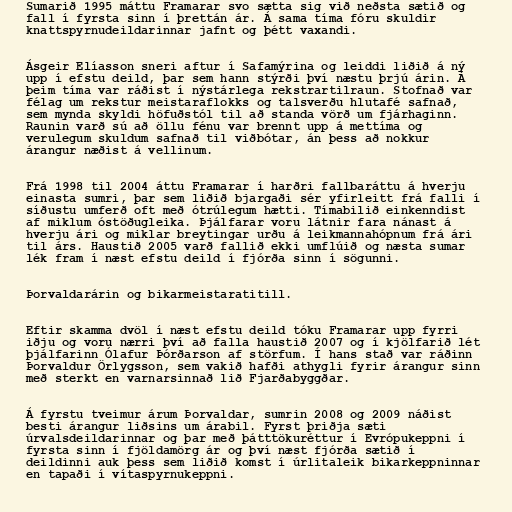
Sumarið 1995 máttu Framarar svo sætta sig við neðsta sætið og
fall í fyrsta sinn í þrettán ár. Á sama tíma fóru skuldir
knattspyrnudeildarinnar jafnt og þétt vaxandi.

Ásgeir Elíasson sneri aftur í Safamýrina og leiddi liðið á ný
upp í efstu deild, þar sem hann stýrði því næstu þrjú árin. Á
þeim tíma var ráðist í nýstárlega rekstrartilraun. Stofnað var
félag um rekstur meistaraflokks og talsverðu hlutafé safnað,
sem mynda skyldi höfuðstól til að standa vörð um fjárhaginn.
Raunin varð sú að öllu fénu var brennt upp á mettíma og
verulegum skuldum safnað til viðbótar, án þess að nokkur
árangur næðist á vellinum.

Frá 1998 til 2004 áttu Framarar í harðri fallbaráttu á hverju
einasta sumri, þar sem liðið bjargaði sér yfirleitt frá falli í
síðustu umferð oft með ótrúlegum hætti. Tímabilið einkenndist
af miklum óstöðugleika. Þjálfarar voru látnir fara nánast á
hverju ári og miklar breytingar urðu á leikmannahópnum frá ári
til árs. Haustið 2005 varð fallið ekki umflúið og næsta sumar
lék fram í næst efstu deild í fjórða sinn í sögunni.

Þorvaldarárin og bikarmeistaratitill.

Eftir skamma dvöl í næst efstu deild tóku Framarar upp fyrri
iðju og voru nærri því að falla haustið 2007 og í kjölfarið lét
þjálfarinn Ólafur Þórðarson af störfum. Í hans stað var ráðinn
Þorvaldur Örlygsson, sem vakið hafði athygli fyrir árangur sinn
með sterkt en varnarsinnað lið Fjarðabyggðar.

Á fyrstu tveimur árum Þorvaldar, sumrin 2008 og 2009 náðist
besti árangur liðsins um árabil. Fyrst þriðja sæti
úrvalsdeildarinnar og þar með þátttökuréttur í Evrópukeppni í
fyrsta sinn í fjöldamörg ár og því næst fjórða sætið í
deildinni auk þess sem liðið komst í úrlitaleik bikarkeppninnar
en tapaði í vítaspyrnukeppni.